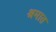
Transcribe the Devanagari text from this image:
श्रमात